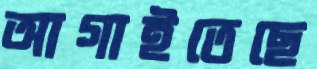
আগাইতেছে